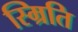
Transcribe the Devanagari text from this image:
स्म्रिति